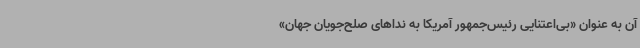
آن به‌ عنوان «بی‌اعتنایی رئیس‌جمهور آمریکا به نداهای صلح‌جویان جهان»